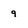
Character: 9